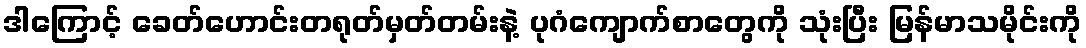
ဒါကြောင့် ခေတ်ဟောင်းတရုတ်မှတ်တမ်းနဲ့ ပုဂံကျောက်စာတွေကို သုံးပြီး မြန်မာသမိုင်းကို